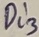
Text: Di3